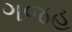
ગજહ